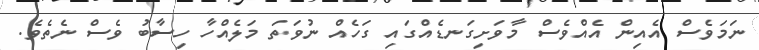
ނަމަވެސް އެއިން އެއްވެސް މާވަށިގަނޑެއްގައި ގަހެއް ނުވަތަ މަލެއްހާ ހިސާބު ވެސް ނެތެވެ.